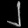
Digit: ၂